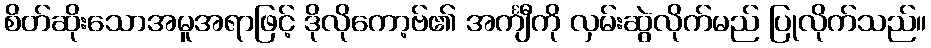
စိတ်ဆိုးသောအမူအရာဖြင့် ဒိုလိုကော့ဗ်၏ အင်္ကျီကို လှမ်းဆွဲလိုက်မည် ပြုလိုက်သည်။